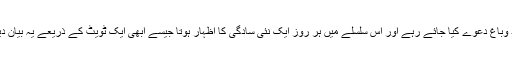
تحریک انصاف کے اقتدار کے ابتدائی دنوں میں سادگی اور اخرجات میں کٹوتیوں کے بلند وباغ دعوے کیا جائے رہے اور اس سلسلے میں ہر روز ایک نئی سادگی کا اظہار ہوتا جیسے ابھی ایک ٹویٹ کے ذریعے یہ بیان دیا گیا کہ وزیراعظم ہاوس کی بھینسیں بھی سرکاری گاڑیوں کی طرح بیچ دی جائیں گئیں۔